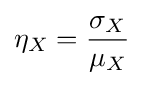
\eta _{X}={\frac {\sigma _{X}}{\mu _{X}}}